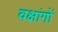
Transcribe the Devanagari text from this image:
वक्षांगों